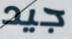
جيد